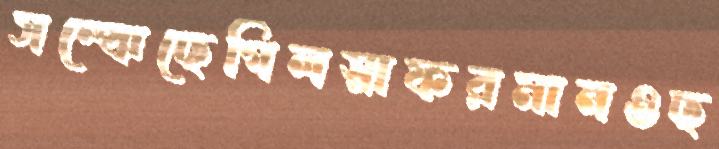
সম্‌ঝেছেগিলস্নাফরমানওছ